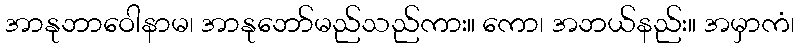
အာနုဘာဝေါနာမ၊ အာနုဘော်မည်သည်ကား။ ကော၊ အဘယ်နည်း။ အမှာကံ၊